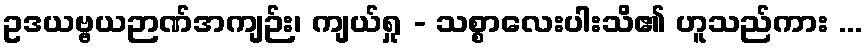
ဥဒယဗ္ဗယဉာဏ်အကျဉ်း၊ ကျယ်ရှု - သစ္စာလေးပါးသိ၏ ဟူသည်ကား ...